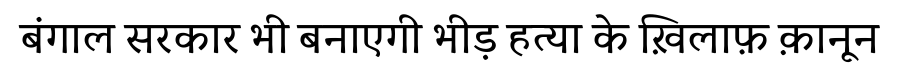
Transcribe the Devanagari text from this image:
बंगाल सरकार भी बनाएगी भीड़ हत्या के ख़िलाफ़ क़ानून